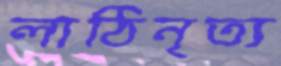
লাঠিনৃত্য